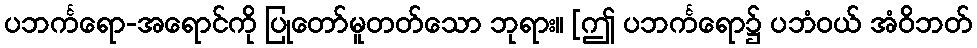
ပဘင်္ကရော-အရောင်ကို ပြုတော်မူတတ်သော ဘုရား။ [ဤ ပဘင်္ကရော၌ ပဘံဝယ် အံဝိဘတ်